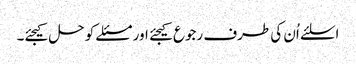
اسلئے اُن کی طرف رجوع کیجئے اور مسئلے کو حل کیجئے۔